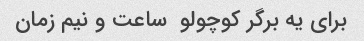
برای یه برگر کوچولو  ساعت و نیم زمان